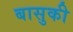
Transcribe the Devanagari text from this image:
बासुकी